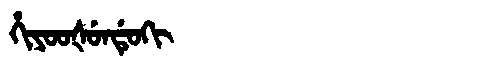
Manchu: ᡥᡳᠶᠣᠣᡧᡠᠨᡩᡠᡴᡳ
Romanization: HIYOOŠUNDUKI